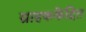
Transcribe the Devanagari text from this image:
ग्राहककेंद्रित